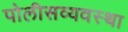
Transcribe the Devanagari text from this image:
पोलीसव्यवस्था